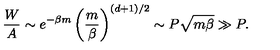
\frac { W } { A } \sim e ^ { - \beta m } \left( \frac { m } { \beta } \right) ^ { ( d + 1 ) / 2 } \sim P { \sqrt { m \beta } } \gg P .